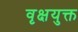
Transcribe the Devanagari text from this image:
वृक्षयुक्त